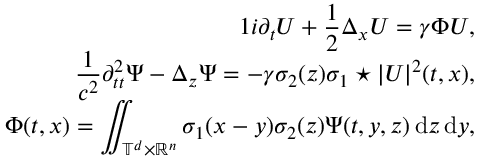
\begin{array} { r } { { 1 } i \partial _ { t } U + \displaystyle \frac { 1 } { 2 } \Delta _ { x } U = \gamma \Phi U , } \\ { \displaystyle \frac 1 { c ^ { 2 } } \partial _ { t t } ^ { 2 } \Psi - \Delta _ { z } \Psi = - \gamma \sigma _ { 2 } ( z ) \sigma _ { 1 } \star | U | ^ { 2 } ( t , x ) , } \\ { \Phi ( t , x ) = \displaystyle \iint _ { \mathbb T ^ { d } \times \mathbb R ^ { n } } \sigma _ { 1 } ( x - y ) \sigma _ { 2 } ( z ) \Psi ( t , y , z ) \, { \mathrm { d } } z \, { \mathrm { d } } y , } \end{array}